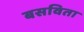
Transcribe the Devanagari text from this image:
बसविता